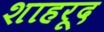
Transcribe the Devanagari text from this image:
शाहरूद